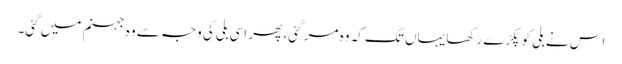
اس نے بلی کو پکڑے رکھا یہاں تک کہ وہ مر گئی، پھر اسی بلی کی وجہ سے وہ جہنم میں گئی۔